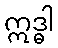
ဣဒ္ဓါ